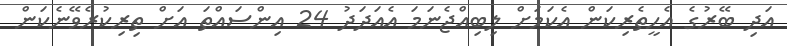
އަދި ބޭރުގެ އެހީތެރިކަން އެކަމަށް ލިބިއްޖެނަމަ އެއަދަދު 24 އިންސައްތަ އަށް ތިރިކުރެވޭނެކަން